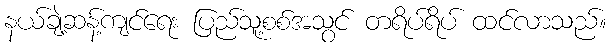
နယ်ချဲ့ဆန့်ကျင်ရေး ပြည်သူ့စစ်အသွင် တရိပ်ရိပ် ထင်လာသည်။